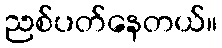
ညစ်ပတ်နေတယ်။